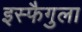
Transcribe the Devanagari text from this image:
इस्फैगुला